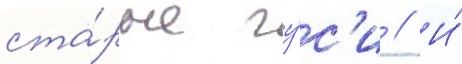
ста́рые гу́с'и // И́